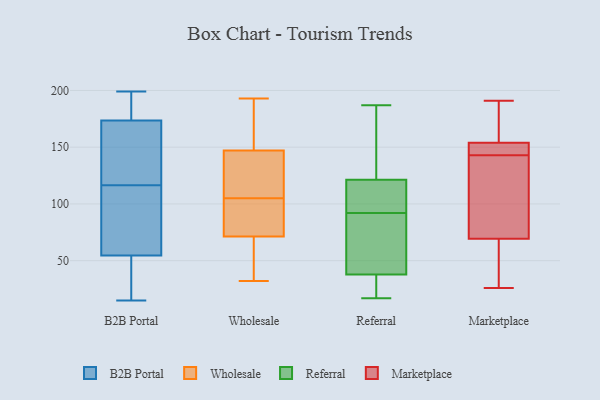
{"axis": {"x": "Churn Rate (%)", "y": "Value"}, "legend": ["B2B Portal", "Marketplace", "Referral", "Wholesale"], "data": [{"x": "", "y": 99, "type": "B2B Portal"}, {"x": "", "y": 199, "type": "B2B Portal"}, {"x": "", "y": 75, "type": "B2B Portal"}, {"x": "", "y": 55, "type": "B2B Portal"}, {"x": "", "y": 195, "type": "B2B Portal"}, {"x": "", "y": 40, "type": "B2B Portal"}, {"x": "", "y": 188, "type": "B2B Portal"}, {"x": "", "y": 22, "type": "B2B Portal"}, {"x": "", "y": 164, "type": "B2B Portal"}, {"x": "", "y": 139, "type": "B2B Portal"}, {"x": "", "y": 54, "type": "B2B Portal"}, {"x": "", "y": 31, "type": "B2B Portal"}, {"x": "", "y": 183, "type": "B2B Portal"}, {"x": "", "y": 194, "type": "B2B Portal"}, {"x": "", "y": 110, "type": "B2B Portal"}, {"x": "", "y": 81, "type": "B2B Portal"}, {"x": "", "y": 136, "type": "B2B Portal"}, {"x": "", "y": 157, "type": "B2B Portal"}, {"x": "", "y": 15, "type": "B2B Portal"}, {"x": "", "y": 123, "type": "B2B Portal"}, {"x": "", "y": 32, "type": "Wholesale"}, {"x": "", "y": 144, "type": "Wholesale"}, {"x": "", "y": 125, "type": "Wholesale"}, {"x": "", "y": 79, "type": "Wholesale"}, {"x": "", "y": 54, "type": "Wholesale"}, {"x": "", "y": 84, "type": "Wholesale"}, {"x": "", "y": 193, "type": "Wholesale"}, {"x": "", "y": 150, "type": "Wholesale"}, {"x": "", "y": 38, "type": "Wholesale"}, {"x": "", "y": 146, "type": "Wholesale"}, {"x": "", "y": 77, "type": "Wholesale"}, {"x": "", "y": 40, "type": "Wholesale"}, {"x": "", "y": 174, "type": "Wholesale"}, {"x": "", "y": 105, "type": "Wholesale"}, {"x": "", "y": 118, "type": "Wholesale"}, {"x": "", "y": 154, "type": "Wholesale"}, {"x": "", "y": 99, "type": "Wholesale"}, {"x": "", "y": 37, "type": "Referral"}, {"x": "", "y": 116, "type": "Referral"}, {"x": "", "y": 123, "type": "Referral"}, {"x": "", "y": 17, "type": "Referral"}, {"x": "", "y": 92, "type": "Referral"}, {"x": "", "y": 48, "type": "Referral"}, {"x": "", "y": 161, "type": "Referral"}, {"x": "", "y": 102, "type": "Referral"}, {"x": "", "y": 35, "type": "Referral"}, {"x": "", "y": 40, "type": "Referral"}, {"x": "", "y": 187, "type": "Referral"}, {"x": "", "y": 191, "type": "Marketplace"}, {"x": "", "y": 26, "type": "Marketplace"}, {"x": "", "y": 144, "type": "Marketplace"}, {"x": "", "y": 141, "type": "Marketplace"}, {"x": "", "y": 143, "type": "Marketplace"}, {"x": "", "y": 151, "type": "Marketplace"}, {"x": "", "y": 55, "type": "Marketplace"}, {"x": "", "y": 112, "type": "Marketplace"}, {"x": "", "y": 28, "type": "Marketplace"}, {"x": "", "y": 155, "type": "Marketplace"}, {"x": "", "y": 168, "type": "Marketplace"}]}